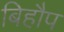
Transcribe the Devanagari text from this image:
बिहौप